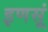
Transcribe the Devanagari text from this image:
इणसूं